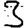
Digit: 3